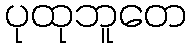
ပုထုဘူတေ